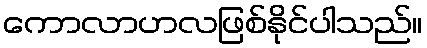
ကောလာဟလဖြစ်နိုင်ပါသည်။